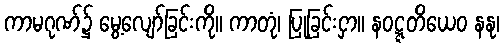
ကာမဂုဏ်၌ မွေ့လျော်ခြင်းကို။ ကာတုံ၊ ပြုခြင်းငှာ။ နဝဋ္ဋတိယေဝ နနု၊